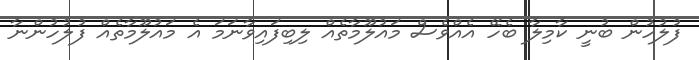
ފުލުހުން ބުނީ ކާމިލާ ބެހޭ އެއްވެސް މައުލޫމާތެއް ލިބިފައިވާނަމަ އެ މައުލޫމާތެއް ފުލުހުންނާ